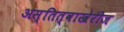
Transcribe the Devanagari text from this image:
अस्तित्वाखेरीज